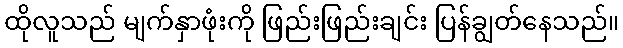
ထိုလူသည် မျက်နှာဖုံးကို ဖြည်းဖြည်းချင်း ပြန်ချွတ်နေသည်။